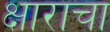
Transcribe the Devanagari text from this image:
क्षाराचा